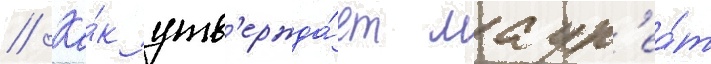
// Ка́к утв'ержда́ет лаур'еа́т